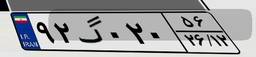
۹۲گ۰۲۰۵۶